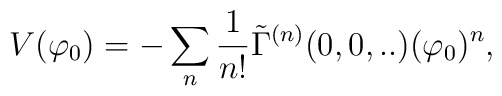
V(\varphi_{0})= -\sum_{n}\frac{1}{n!}\tilde\Gamma^{(n)}(0,0,..)(\varphi_{0})^{n},